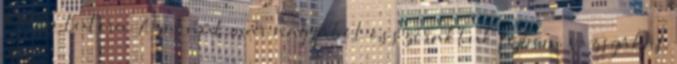
hátra tutira. A menüt már nagyjából összeraktuk fejben, vizsgákat